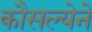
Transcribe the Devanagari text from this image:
कौसल्येने